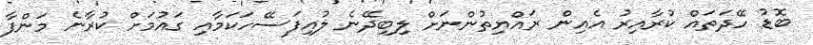
ބޮޑު ހޭދަތައް ކުރާއިރު އެއިން ރައްޔިތުންނަށް ލިބިދޭނެ ލުއިފަސޭހަކަމާއި ގައުމަށް ކުރާނެ މަންފާ